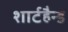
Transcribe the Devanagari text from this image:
शार्टहैन्ड